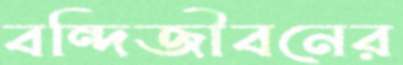
বন্দিজীবনের